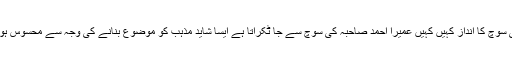
آپ کی سوچ کا انداز کہیں کہیں عمیرا احمد صاحبہ کی سوچ سے جا ٹکراتا ہے ایسا شاید مذہب کو موضوع بنانے کی وجہ سے محسوس ہوتا ہے۔